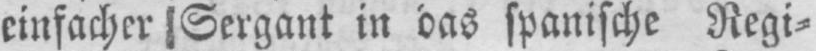
einfacher Sergant in bas spanische Regi⸗